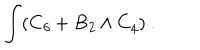
LaTeX: \int ( C _ { \it 6 } + B _ { \it 2 } \wedge C _ { \it 4 } ) \ .